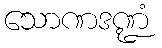
သောဏဒဏ္ဍံ